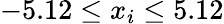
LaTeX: -5.12\leq x_{i}\leq 5.12